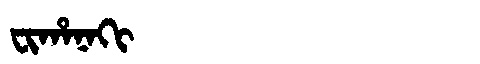
Manchu: ᠸᡳᡥᠠᠨᠠᡴᡳ
Romanization: FIHANAKI